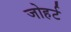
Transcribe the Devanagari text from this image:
जोहर्ट